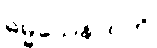
ဓမ္မသေနာပတိ